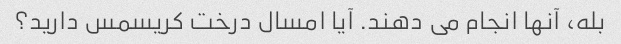
بله، آنها انجام می دهند. آیا امسال درخت کریسمس دارید؟